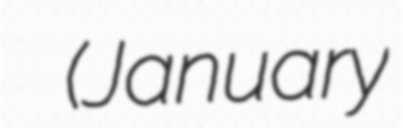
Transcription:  (January